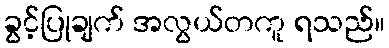
ခွင့်ပြုချက် အလွယ်တကူ ရသည်။